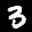
Label: 3